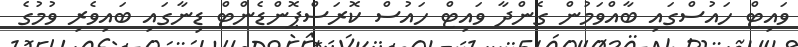
ވައިޓް ހައުސްގައި ބާއްވަމުން ގެންދާ ވައިޓް ހައުސް ކޮރަސްޕޮންޑެންޓް ޑިނާގައި ބައިވެރި ވުމުގެ